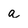
Character: a